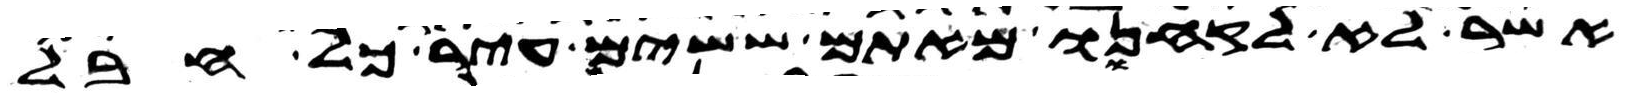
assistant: אשר לא לקחנו מאתם ששים עיר כל חבל